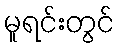
မူရင်းတွင်